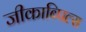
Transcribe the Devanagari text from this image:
जीकाब्पिल्स